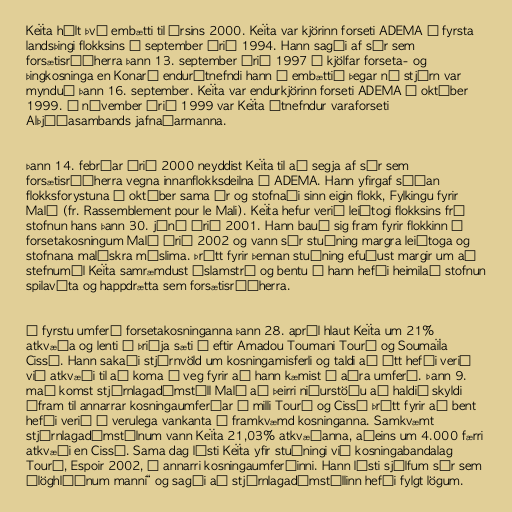
Keïta hélt því embætti til ársins 2000. Keïta var kjörinn forseti ADEMA á fyrsta
landsþingi flokksins í september árið 1994. Hann sagði af sér sem
forsætisráðherra þann 13. september árið 1997 í kjölfar forseta- og
þingkosninga en Konaré endurútnefndi hann í embættið þegar ný stjórn var
mynduð þann 16. september. Keïta var endurkjörinn forseti ADEMA í október
1999. Í nóvember árið 1999 var Keïta útnefndur varaforseti
Alþjóðasambands jafnaðarmanna.

Þann 14. febrúar árið 2000 neyddist Keïta til að segja af sér sem
forsætisráðherra vegna innanflokksdeilna í ADEMA. Hann yfirgaf síðan
flokksforystuna í október sama ár og stofnaði sinn eigin flokk, Fylkingu fyrir
Malí (fr. Rassemblement pour le Mali). Keïta hefur verið leiðtogi flokksins frá
stofnun hans þann 30. júní árið 2001. Hann bauð sig fram fyrir flokkinn í
forsetakosningum Malí árið 2002 og vann sér stuðning margra leiðtoga og
stofnana malískra múslima. Þrátt fyrir þennan stuðning efuðust margir um að
stefnumál Keïta samræmdust íslamstrú og bentu á hann hefði heimilað stofnun
spilavíta og happdrætta sem forsætisráðherra.

Í fyrstu umferð forsetakosninganna þann 28. apríl hlaut Keïta um 21%
atkvæða og lenti í þriðja sæti á eftir Amadou Toumani Touré og Soumaïla
Cissé. Hann sakaði stjórnvöld um kosningamisferli og taldi að átt hefði verið
við atkvæði til að koma í veg fyrir að hann kæmist í aðra umferð. Þann 9.
maí komst stjórnlagadómstóll Malí að þeirri niðurstöðu að haldið skyldi
áfram til annarrar kosningaumferðar á milli Touré og Cissé þrátt fyrir að bent
hefði verið á verulega vankanta á framkvæmd kosninganna. Samkvæmt
stjórnlagadómstólnum vann Keïta 21,03% atkvæðanna, aðeins um 4.000 færri
atkvæði en Cissé. Sama dag lýsti Keïta yfir stuðningi við kosningabandalag
Touré, Espoir 2002, í annarri kosningaumferðinni. Hann lýsti sjálfum sér sem
„löghlýðnum manni“ og sagði að stjórnlagadómstóllinn hefði fylgt lögum.